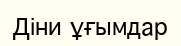
Діни ұғымдар